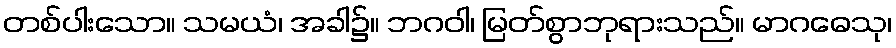
တစ်ပါးသော။ သမယံ၊ အခါ၌။ ဘဂဝါ၊ မြတ်စွာဘုရားသည်။ မာဂဓေသု၊